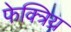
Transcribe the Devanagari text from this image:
फेक्त्रिय्र